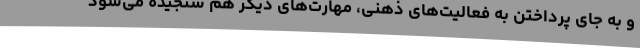
و به جای پرداختن به فعالیت‌های ذهنی، مهارت‌های دیگر هم سنجیده می‌شود